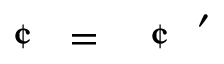
\mathrm { ~ \textit ~ { ~ \textcent ~ } ~ } = \mathrm { ~ \textit ~ { ~ \textcent ~ } ~ } ^ { \prime }